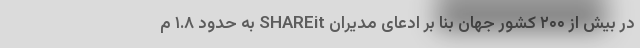
در بیش از ۲۰۰ کشور جهان بنا بر ادعای مدیران SHAREit به حدود ۱.۸ م